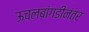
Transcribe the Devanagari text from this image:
ऊचलबांगडीनंतर